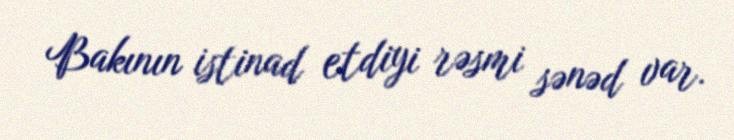
Bakının istinad etdiyi rəsmi sənəd var.